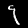
Label: 9